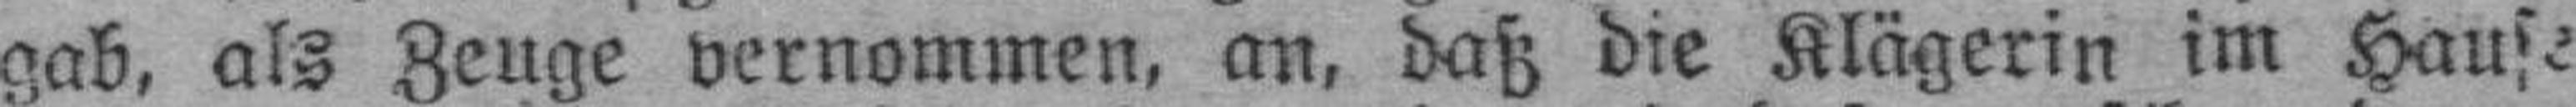
gab, als Zeuge vernommen, an, daß die Klägerin im Hause